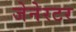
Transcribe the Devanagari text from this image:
जेनेरटर